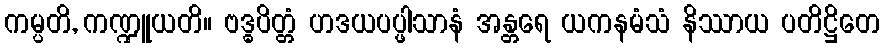
ကမ္ပတိ, ကဏ္ဍူယတိ။ ဗဒ္ဓပိတ္တံ ဟဒယပပ္ဖါသာနံ အန္တရေ ယကနမံသံ နိဿာယ ပတိဋ္ဌိတေ